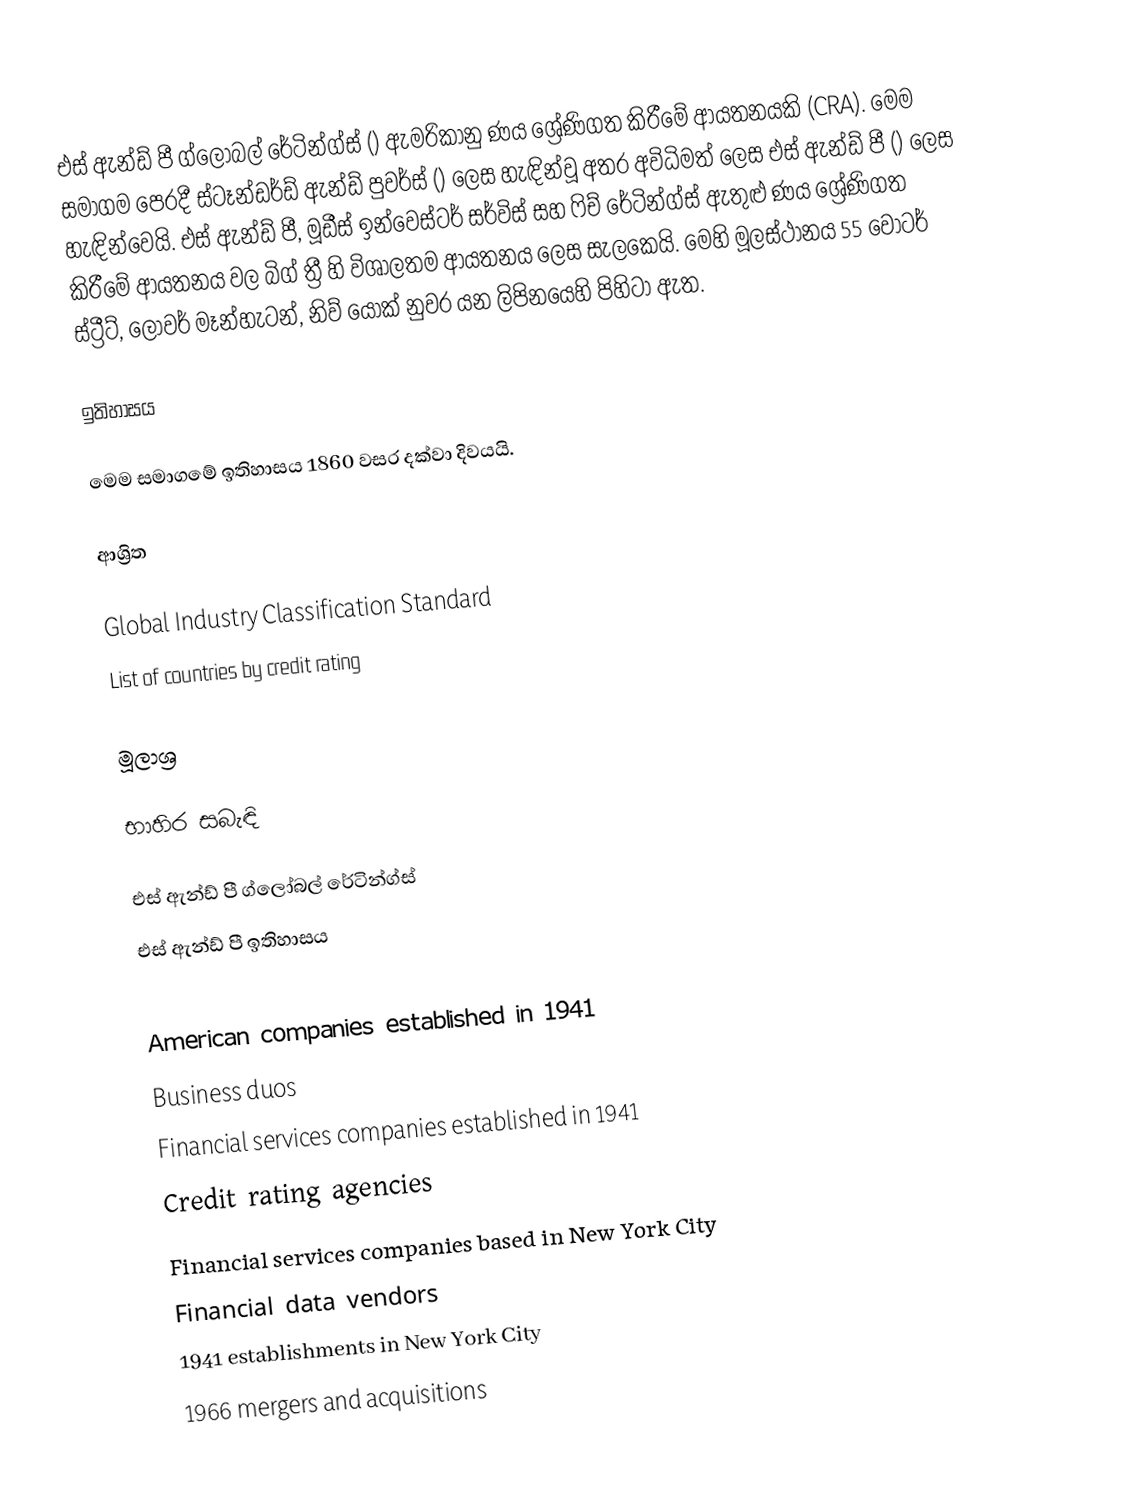
එස් ඇන්ඩ් පී ග්ලෝබල් රේටින්ග්ස් () ඇමරිකානු ණය ශ්‍රේණිගත කිරීමේ ආයතනයකි (CRA). මෙම සමාගම පෙරදී ස්ටෑන්ඩර්ඩ් ඇන්ඩ් පුවර්ස් () ලෙස හැඳින්වූ අතර අවිධිමත් ලෙස එස් ඇන්ඩ් පී () ලෙස හැඳින්වෙයි. එස් ඇන්ඩ් පී, මූඩීස් ඉන්වෙස්ටර් සර්විස් සහ ෆිච් රේටින්ග්ස් ඇතුළු ණය ශ්‍රේණිගත කිරීමේ ආයතනය වල බිග් ත්‍රී හි විශාලතම ආයතනය ලෙස සැලකෙයි. මෙහි මූලස්ථානය 55 වෝටර් ස්ට්‍රීට්, ලෝවර් මෑන්හැටන්, නිව් යෝක් නුවර යන ලිපිනයෙහි පිහිටා ඇත.

ඉතිහාසය

මෙම සමාගමේ ඉතිහාසය 1860 වසර දක්වා දිවයයි.

ආශ්‍රිත

 Global Industry Classification Standard
 List of countries by credit rating

මූලාශ්‍ර

භාහිර සබැඳි

 එස් ඇන්ඩ් පී ග්ලෝබල් රේටින්ග්ස්
 එස් ඇන්ඩ් පී ඉතිහාසය

American companies established in 1941
Business duos
Financial services companies established in 1941
Credit rating agencies
Financial services companies based in New York City
Financial data vendors
1941 establishments in New York City
1966 mergers and acquisitions